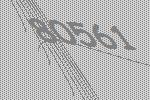
80561